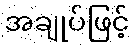
အချုပ်ဖြင့်